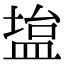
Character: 𫞱